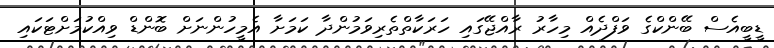
ޑީބީއެސް ބޭންކްގެ ވަފްދެއް މިހާރު ރާއްޖޭގައި ހަރަކާތްތެރިވަމުންދާ ކަމަށާ އެމީހުންނަށް ބޮންޑް ވިއްކުމަށްޓަކައި